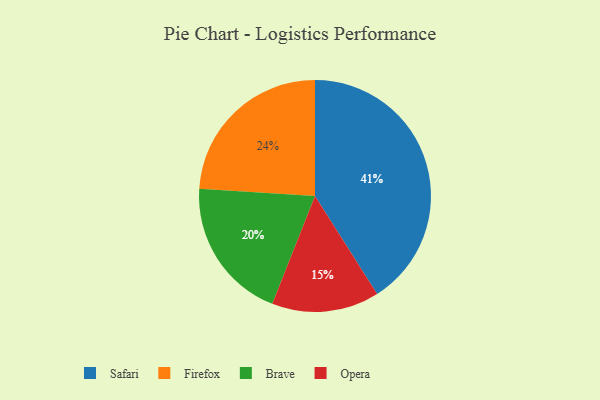
{"axis": {"x": "Category", "y": "Percentage"}, "legend": ["Brave", "Firefox", "Opera", "Safari"], "data": [{"x": "Firefox", "y": 24, "type": "Firefox"}, {"x": "Brave", "y": 20, "type": "Brave"}, {"x": "Opera", "y": 15, "type": "Opera"}, {"x": "Safari", "y": 41, "type": "Safari"}]}